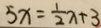
5 x = \frac { 1 } { 2 } x + 3